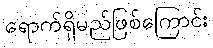
ရောက်ရှိမည်ဖြစ်ကြောင်း